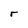
Character: r